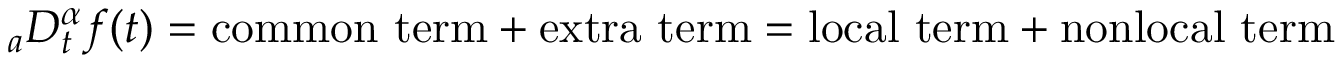
_ { a } D _ { t } ^ { \alpha } f ( t ) = \mathrm { { c o m m o n \ t e r m + e x t r a \ t e r m = l o c a l \ t e r m + n o n l o c a l \ t e r m } }